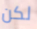
لكن